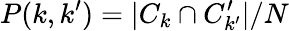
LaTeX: P(k,k^{\prime})=|C_{k}\cap C_{k^{\prime}}^{\prime}|/N